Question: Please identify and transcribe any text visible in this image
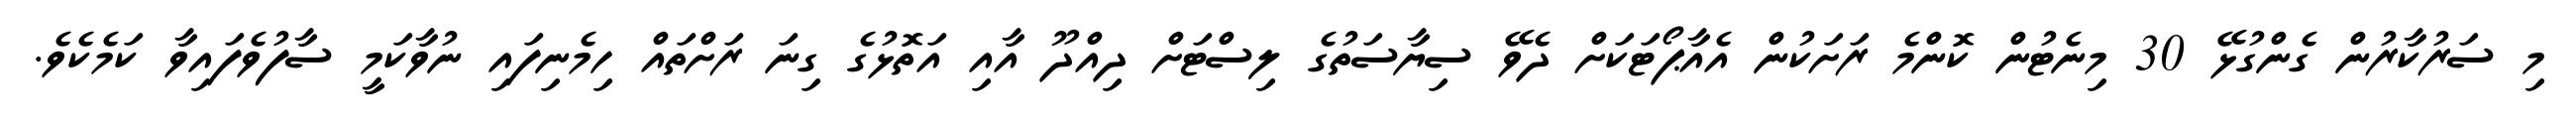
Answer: މި ސަރުކާރުން ގެންގުޅޭ 30 މިނެޓުން ކޮންމެ ރަށަކުން އެއާޕޯޓަކަށް ދެވޭ ސިޔާސަތުގެ ލިސްޓަށް ދިއްދޫ އާއި އަތޮޅުގެ ގިނަ ރަށްތައް ހިމެނިފައި ނުވާކަމީ ސާފުވެފައިވާ ކަމެކެވެ.